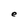
Character: e